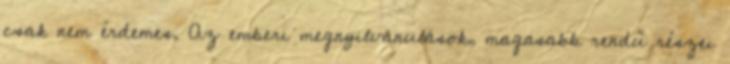
csak nem érdemes. Az emberi megnyilvánulások, magasabb rendű részei